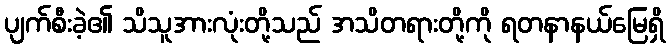
ပျက်စီးခဲ့၏ သိသူအားလုံးတို့သည် အသိတရားတို့ကို ရတနာနယ်မြေရှိ